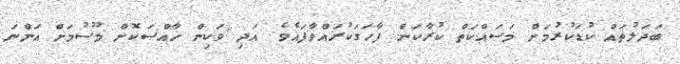
ބަދަލުތައް ކުޑަކުރުމަށް މަސައްކަތް ކުރާކަން ފާހަގަކުރައްވާފައެވެ. އަދި ވަކިން ޚާއްޞަކޮށް މޫސުމަށް އަންނަ